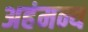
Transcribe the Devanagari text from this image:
अहंमन्य